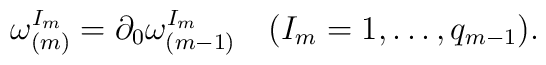
\omega^{I_m}_{(m)}=\partial_0\omega^{I_m}_{(m-1)}\quad(I_m=1,\ldots,q_{m-1}).